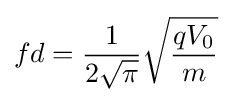
fd={\frac {1}{2{\sqrt {\pi }}}}{\sqrt {\frac {qV_{0}}{m}}}